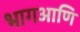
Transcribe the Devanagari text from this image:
भागआणि